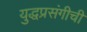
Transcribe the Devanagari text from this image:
युद्धप्रसंगीची